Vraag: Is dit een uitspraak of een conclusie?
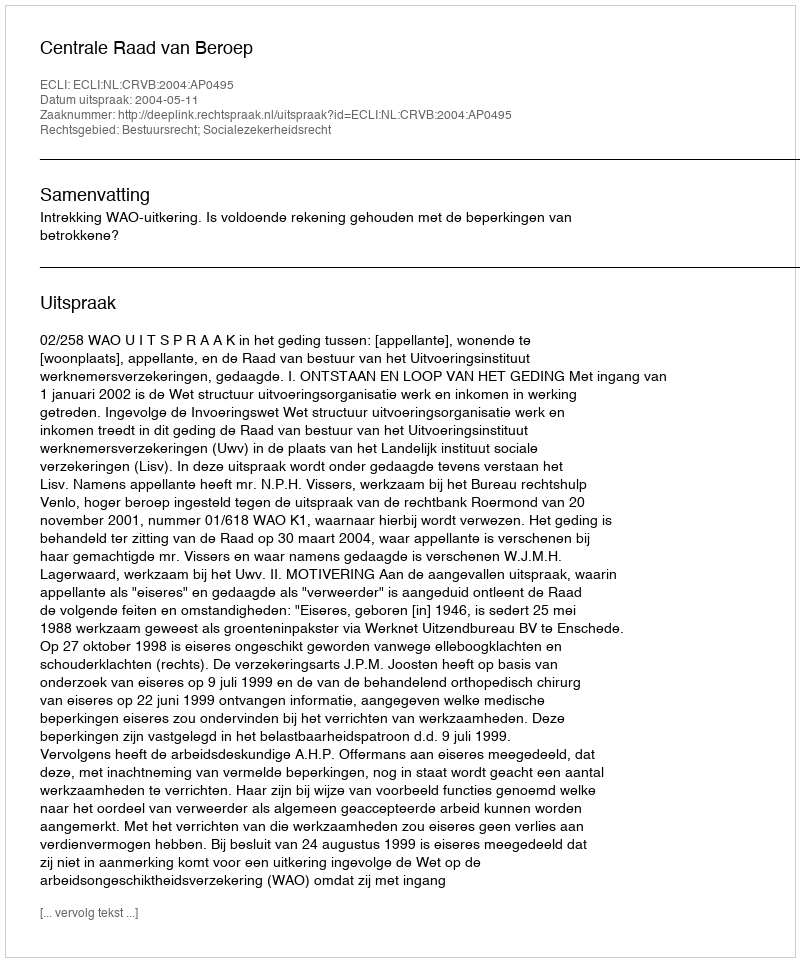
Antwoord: Uitspraak